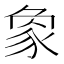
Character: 𧰼